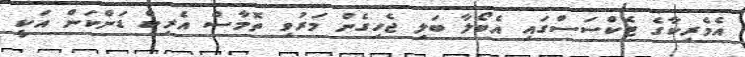
އެމެރިކާގެ ޓެކްސަސްގައި އެބޯލާ ބަލި ޖެހިގެން މަރުވި ތޮމާސް އެރިކް ޑަންކަން އަކީ